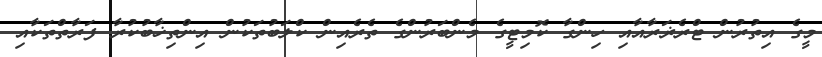
މީގެ އިތުރުން ޓްރެޜަރާއާއި ހިންގާ ކޮމިޓީގެ މެންބަރުންގެ ތެރެއިން ކްލަބުތަކުން އިންތިޚާބުކުރާ ފަރާތްތަކާއި